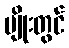
မျိုးတွင်